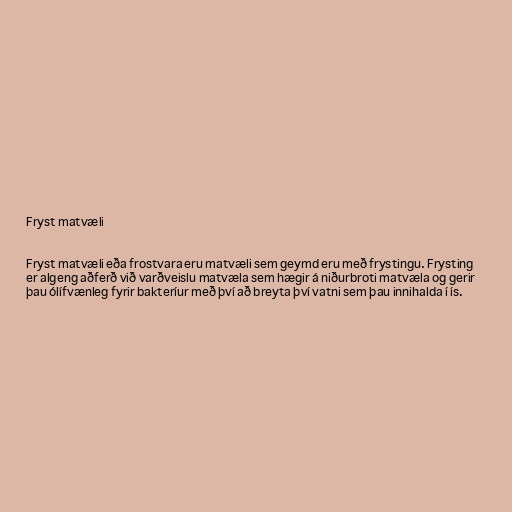
Fryst matvæli

Fryst matvæli eða frostvara eru matvæli sem geymd eru með frystingu. Frysting
er algeng aðferð við varðveislu matvæla sem hægir á niðurbroti matvæla og gerir
þau ólífvænleg fyrir bakteríur með því að breyta því vatni sem þau innihalda í ís.